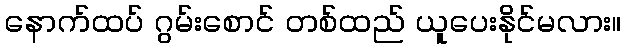
နောက်ထပ် ဂွမ်းစောင် တစ်ထည် ယူပေးနိုင်မလား။